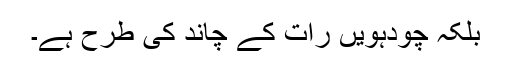
بلکہ چودہویں رات کے چاند کی طرح ہے۔